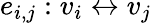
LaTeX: e_{i,j}:v_{i}\leftrightarrow v_{j}